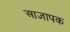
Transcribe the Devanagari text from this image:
आज्ञापक